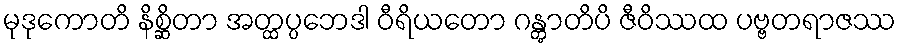
မုဒုကောတိ နိစ္ဆိတာ အတ္ထပ္ပဘေဒါ ဝီရိယတော ဂန္တွာတိပိ ဇီဝိဿထ ပဗ္ဗတရာဇဿ